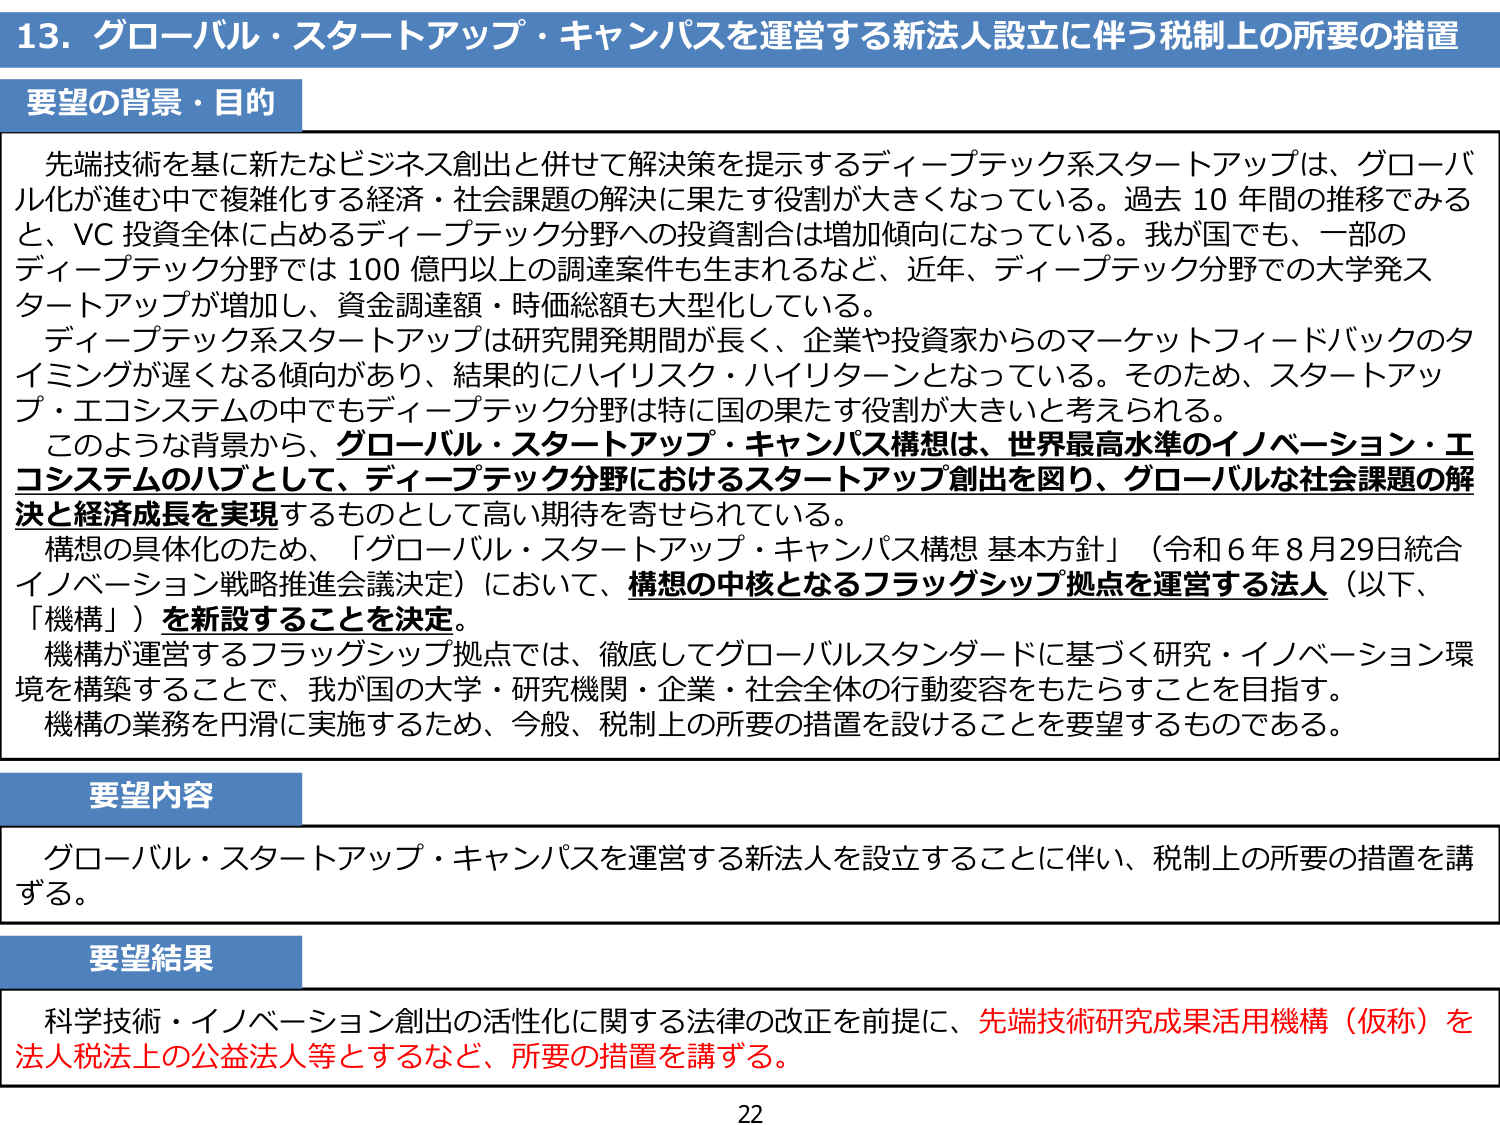
13. グローバル・スタートアップ・キャンパスを運営する新法人設立に伴う税制上の所要の措置

要望の背景・目的

先端技術を基に新たなビジネス創出と併せて解決策を提示するディープテック系スタートアップは、グローバル化が進む中で複雑化する経済・社会課題の解決に果たす役割が大きくなっている。過去10年間の推移でみると、VC投資全体に占めるディープテック分野への投資割合は増加傾向になっている。我が国でも、一部のディープテック分野では100億円以上の調達案件も生まれるなど、近年、ディープテック分野での大学発スタートアップが増加し、資金調達額・時価総額も大型化している。

ディープテック系スタートアップは研究開発期間が長く、企業や投資家からのマーケットフィードバックのタイミングが遅くなる傾向があり、結果的にハイリスク・ハイリターンとなっている。そのため、スタートアップ・エコシステムの中でもディープテック分野は特に国の果たす役割が大きいと考えられる。

このような背景から、グローバル・スタートアップ・キャンパス構想は、世界最高水準のイノベーション・エコシステムのハブとして、ディープテック分野におけるスタートアップ創出を図り、グローバルな社会課題の解決と経済成長を実現するものとして高い期待を寄せられている。

構想の具体化のため、「グローバル・スタートアップ・キャンパス構想 基本方針」（令和6年8月29日統合イノベーション戦略推進会議決定）において、構想の中核となるフラッグシップ拠点を運営する法人（以下、「機構」）を新設することを決定。

機構が運営するフラッグシップ拠点では、徹底してグローバルスタンダードに基づく研究・イノベーション環境を構築することで、我が国の大学・研究機関・企業・社会全体の行動変容をもたらすことを目指す。

機構の業務を円滑に実施するため、今般、税制上の所要の措置を設けることを要望するものである。

要望内容

グローバル・スタートアップ・キャンパスを運営する新法人を設立することに伴い、税制上の所要の措置を講ずる。

要望結果

科学技術・イノベーション創出の活性化に関する法律の改正を前提に、先端技術研究成果活用機構（仮称）を法人税法上の公益法人等とするなど、所要の措置を講ずる。

22